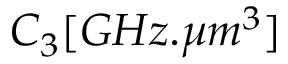
C _ { 3 } [ G H z . \mu m ^ { 3 } ]